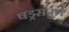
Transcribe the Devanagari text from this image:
षड्रसपुर्ण